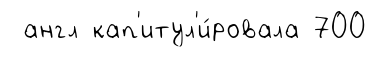
англ кап'итул'и́ровала 700